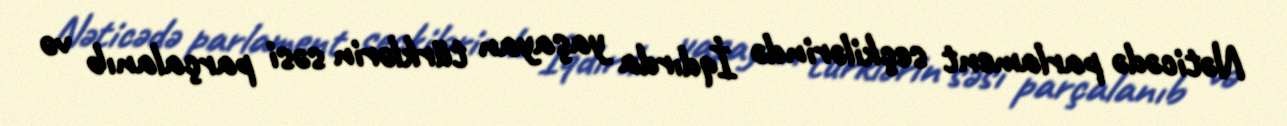
Nəticədə parlament seçkilərində İqdırda yaşayan türklərin səsi parçalanıb və